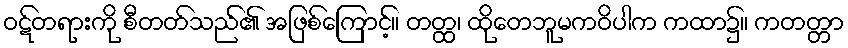
ဝဋ်တရားကို စီတတ်သည်၏ အဖြစ်ကြောင့်။ တတ္ထ၊ ထိုတေဘူမကဝိပါက ကထာ၌။ ကတတ္တာ